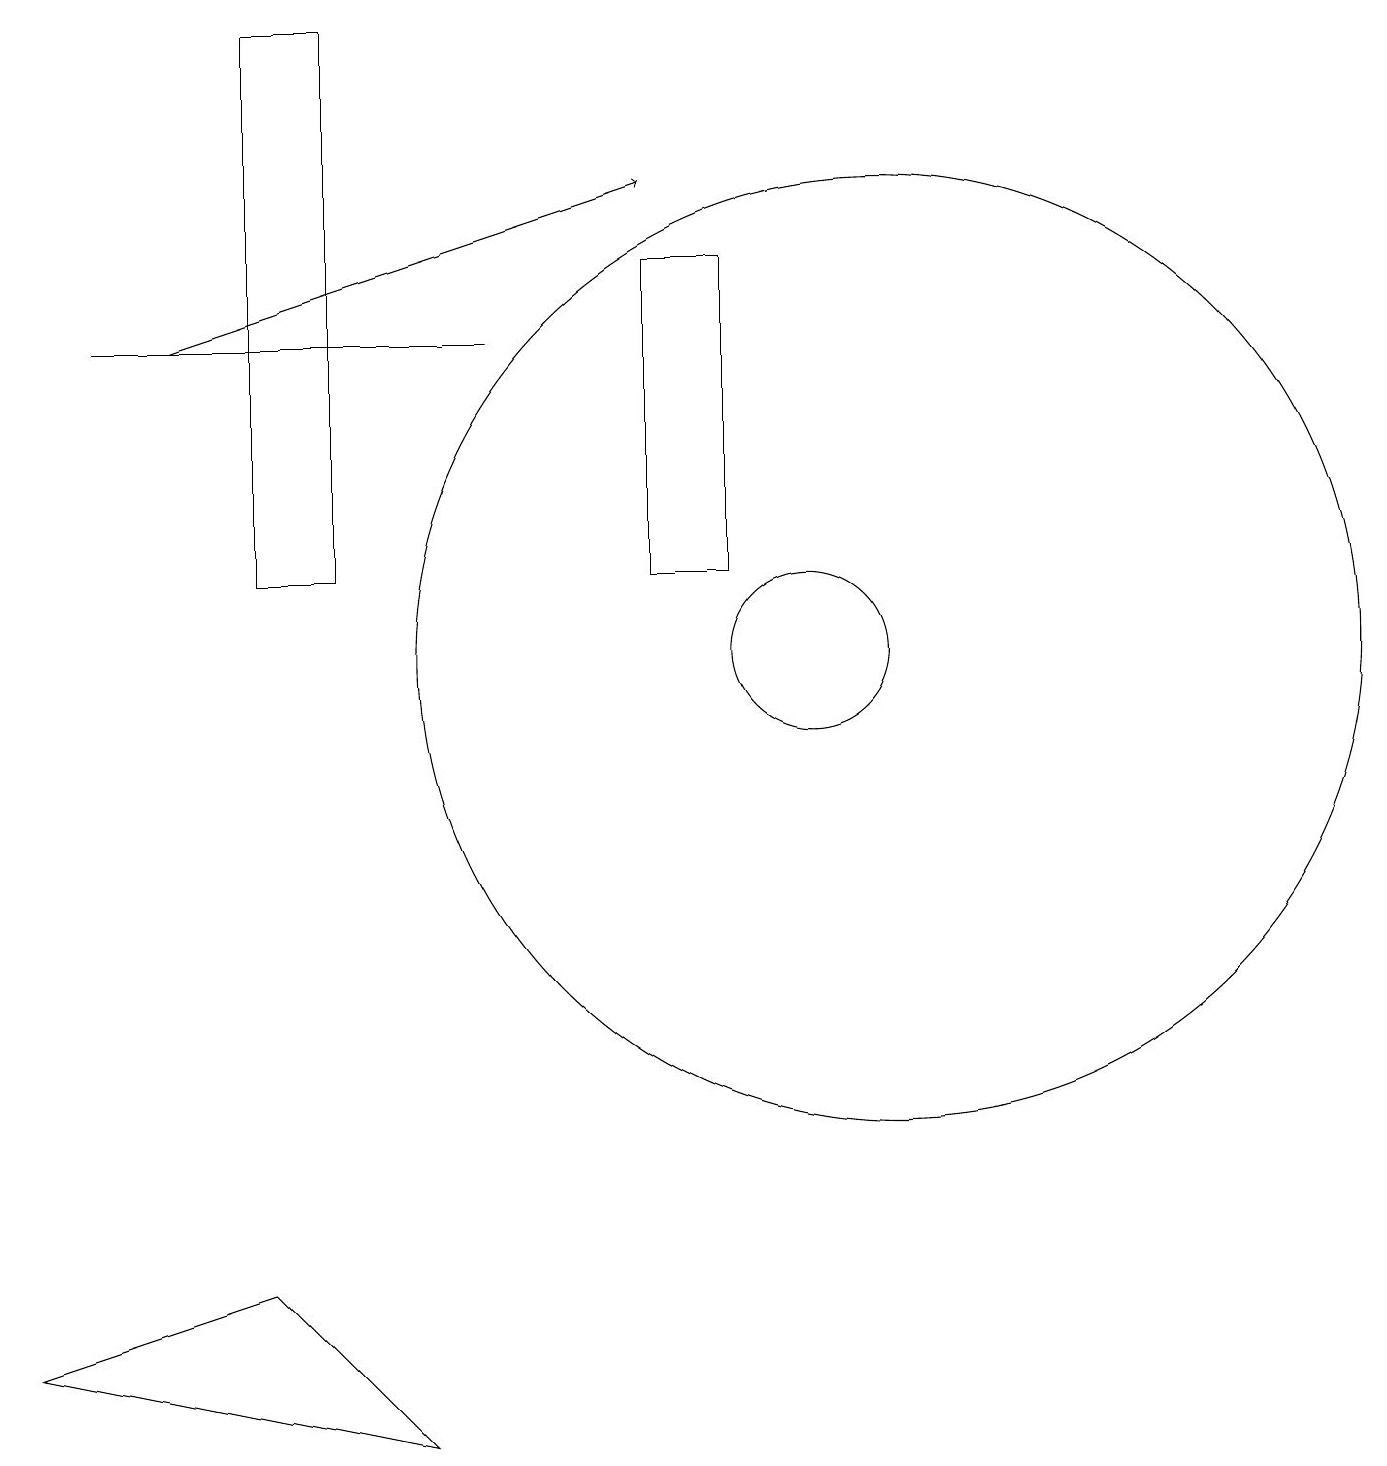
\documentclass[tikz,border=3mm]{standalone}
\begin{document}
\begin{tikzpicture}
\draw (5,0) -- (0,1) -- (3,2) -- cycle;
\draw (11,10) circle (6);
\draw (6,14) rectangle (1,14);
\draw[->] (2,14) -- (8,16);
\draw (9,11) rectangle (8,15);
\draw (3,11) rectangle (4,18);
\draw (10,10) circle (1);
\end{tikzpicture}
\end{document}